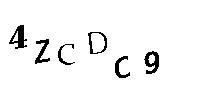
4ZCDC9